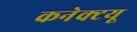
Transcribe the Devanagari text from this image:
कनेक्टयू